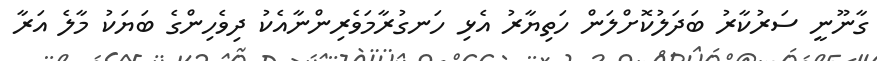
ގާނޫނީ ސަރުކާރު ބަދަލުކޮށްލަން ހަތިޔާރު އެޅި ހަނގުރާމަވެރިންނާއެކު ދިވެހިންގެ ބަޔަކު މާލެ އަރާ